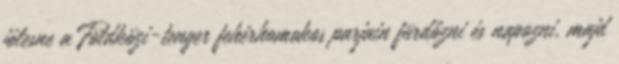
jólesne a Földközi-tenger fehérhomokos parjain fürdőzni és napozni, majd